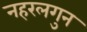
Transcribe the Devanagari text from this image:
नहरलगुन